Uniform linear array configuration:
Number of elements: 64
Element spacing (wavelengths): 0.75
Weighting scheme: uniform
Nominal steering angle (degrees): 45
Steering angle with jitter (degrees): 43.891
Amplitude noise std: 0.05
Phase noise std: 0.05

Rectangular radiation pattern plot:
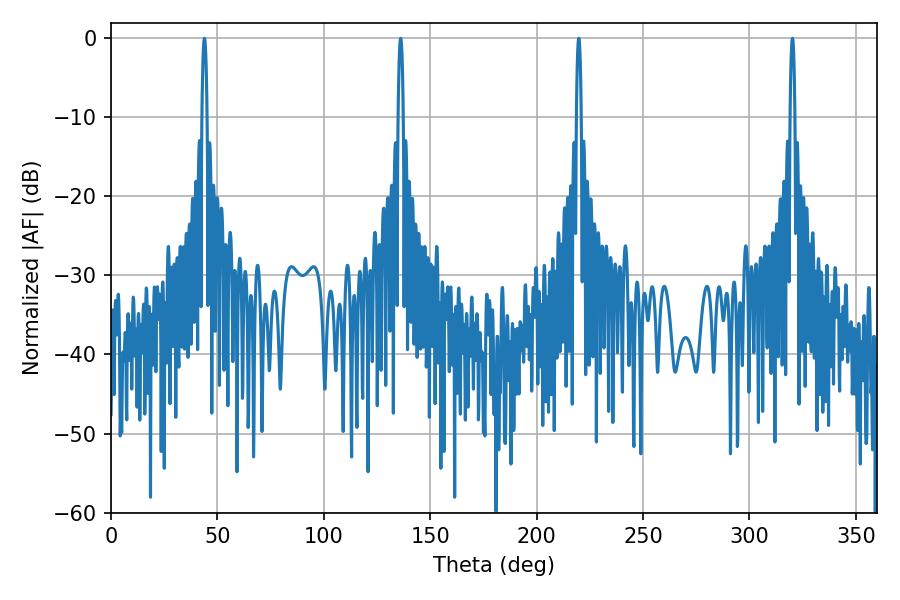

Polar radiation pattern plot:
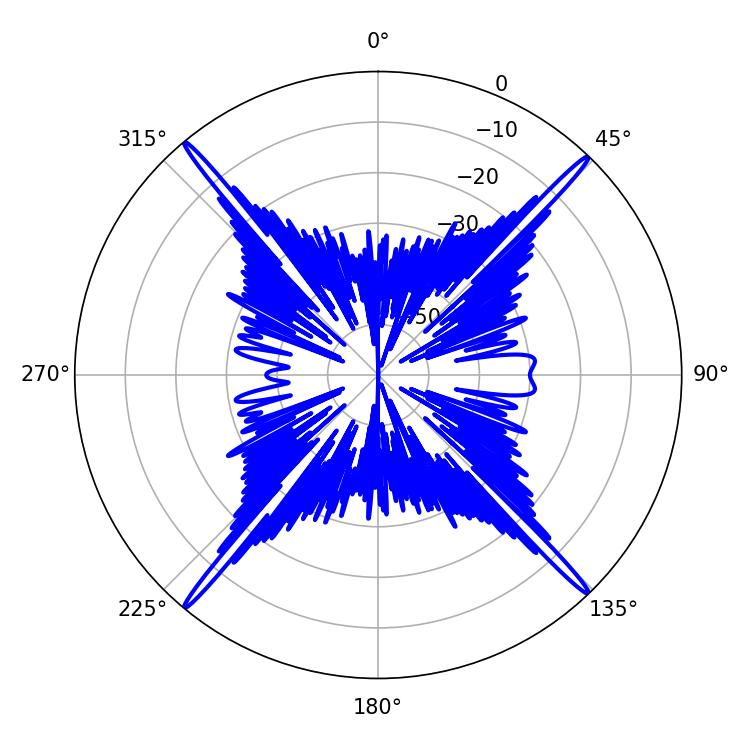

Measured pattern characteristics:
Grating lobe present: TRUE
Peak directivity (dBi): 25.602
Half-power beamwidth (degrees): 1.08
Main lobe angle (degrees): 219.78